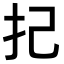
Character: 𢩵